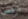
ارقصي